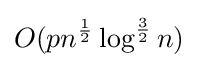
O(pn^{\frac {1}{2}}\log ^{\frac {3}{2}}n)